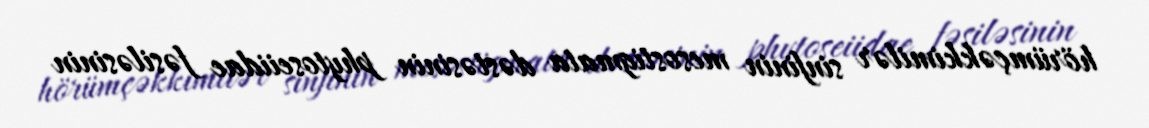
hörümçəkkimilər sinfinin mesostigmata dəstəsinin phytoseiidae fəsiləsinin